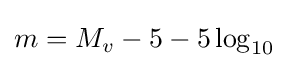
m=M_{v}-5-5\log _{10}